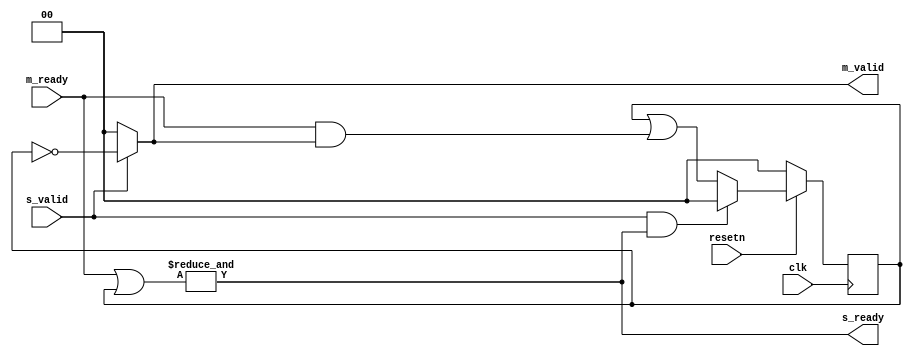
module splitter (
	input clk,
	input resetn,

	input s_valid,
	output s_ready,

	output [C_NUM_M-1:0] m_valid,
	input [C_NUM_M-1:0] m_ready
);

parameter C_NUM_M = 2;

reg [C_NUM_M-1:0] acked;

assign s_ready = &(m_ready | acked);
assign m_valid = s_valid ? ~acked : {C_NUM_M{1'b0}};

always @(posedge clk)
begin
	if (resetn == 1'b0) begin
		acked <= {C_NUM_M{1'b0}};
	end else begin
		if (s_valid & s_ready)
			acked <= {C_NUM_M{1'b0}};
		else
			acked <= acked | (m_ready & m_valid);
	end
end

endmodule